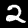
Label: 2